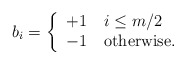
\begin{align*}b_i = \left\{\begin{tabular}{ll}$+1$ & $i \leq m/2$ \\$-1$ & otherwise.\end{tabular}\right.\end{align*}